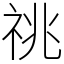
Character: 祧